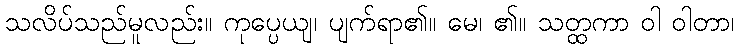
သလိပ်သည်မူလည်း။ ကုပ္ပေယျ၊ ပျက်ရာ၏။ မေ၊ ၏။ သတ္ထကာ ဝါ ဝါတာ၊